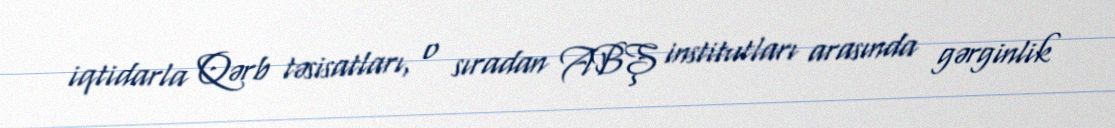
iqtidarla Qərb təsisatları, o sıradan ABŞ institutları arasında gərginlik